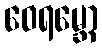
ဝေရမ္ဘော